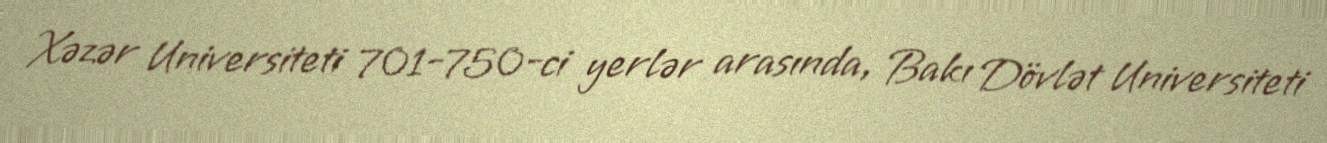
Xəzər Universiteti 701-750-ci yerlər arasında, Bakı Dövlət Universiteti